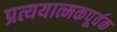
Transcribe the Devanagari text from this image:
प्रत्ययात्मकपूर्वक